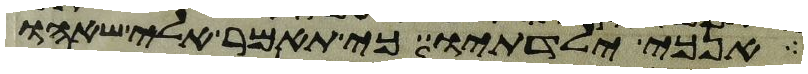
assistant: אנכי ילדתיו כי תאמר אלי שאהו